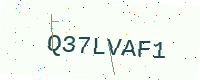
Text: Q37LVAF1